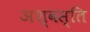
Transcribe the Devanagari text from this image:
अश्वस्ति